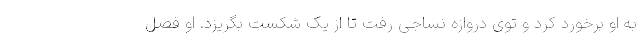
به او برخورد کرد و توی دروازه نساجی رفت تا از یک شکست بگریزد. او فصل